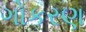
ગોકરણ